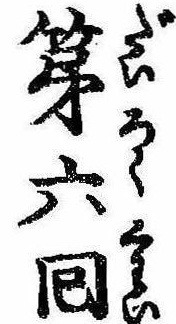
第六回